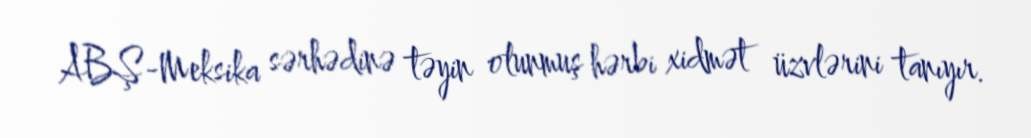
ABŞ-Meksika sərhədinə təyin olunmuş hərbi xidmət üzvlərini tanıyır.